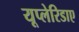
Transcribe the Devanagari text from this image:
यूप्लेरिडाए